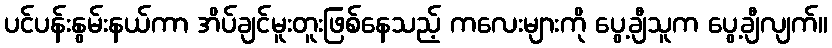
ပင်ပန်းနွမ်းနယ်ကာ အိပ်ချင်မူးတူးဖြစ်နေသည့် ကလေးများကို ပွေ့ချီသူက ပွေ့ချီလျက်။